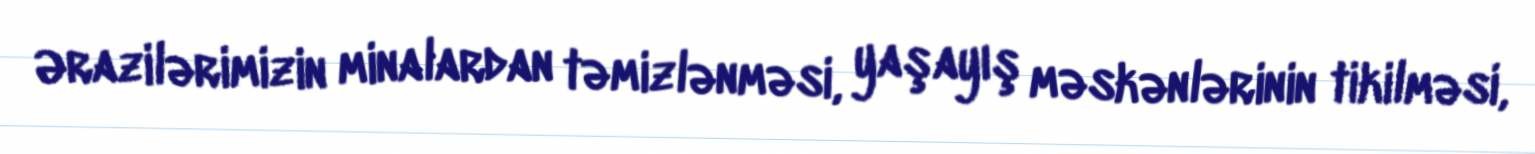
Ərazilərimizin minalardan təmizlənməsi, yaşayış məskənlərinin tikilməsi,